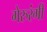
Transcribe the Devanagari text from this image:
गेरुरंगी